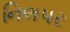
નિલપર